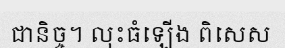
ជានិច្ច។ លុះធំឡើង ពិសេស